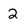
Character: 2